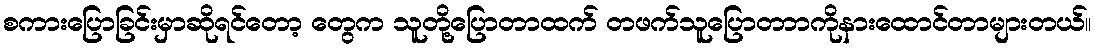
စကားပြောခြင်းမှာဆိုရင်တော့ တွေက သူတို့ပြောတာထက် တဖက်သူပြောတာာကိုနားထောင်တာများတယ်။